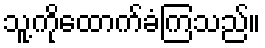
သူ့ကိုထောက်ခံကြသည်။